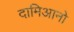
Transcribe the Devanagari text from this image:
दामिआनो